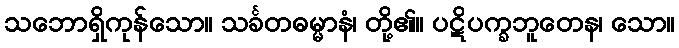
သဘောရှိကုန်သော။ သင်္ခတဓမ္မာနံ၊ တို့၏။ ပဋိပက္ခဘူတေန၊ သော။